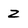
Character: Z